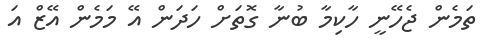
ތަމެން ޖެހޭނީ ހާކިމާ ބުނާ ގޮތަށް ހަދަން އޭ މަމެން އޭޒް އަ